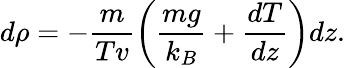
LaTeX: d\rho=-{\frac{m}{Tv}}\bigg({\frac{mg}{k_{B}}}+{\frac{dT}{dz}}\bigg)dz.